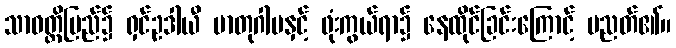
သာဝတ္ထိပြည်၌ ရှင်ဥဒါယီ မာတုဂါမနှင့် ဖုံးကွယ်ရာ၌ နေထိုင်ခြင်းကြောင့် ပညတ်၏။